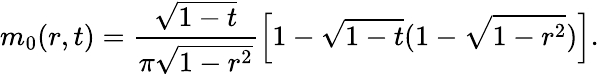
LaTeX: m_{0}(r,t)=\frac{\sqrt{1-t}}{\pi\sqrt{1-r^{2}}}\left[1-\sqrt{1-t}(1-\sqrt{1-r^{2}})\right].